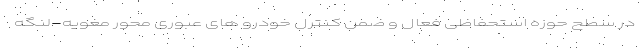
در سطح حوزه استحفاظی فعال و ضمن کنترل خودرو های عبوری محور مغویه-لنگه